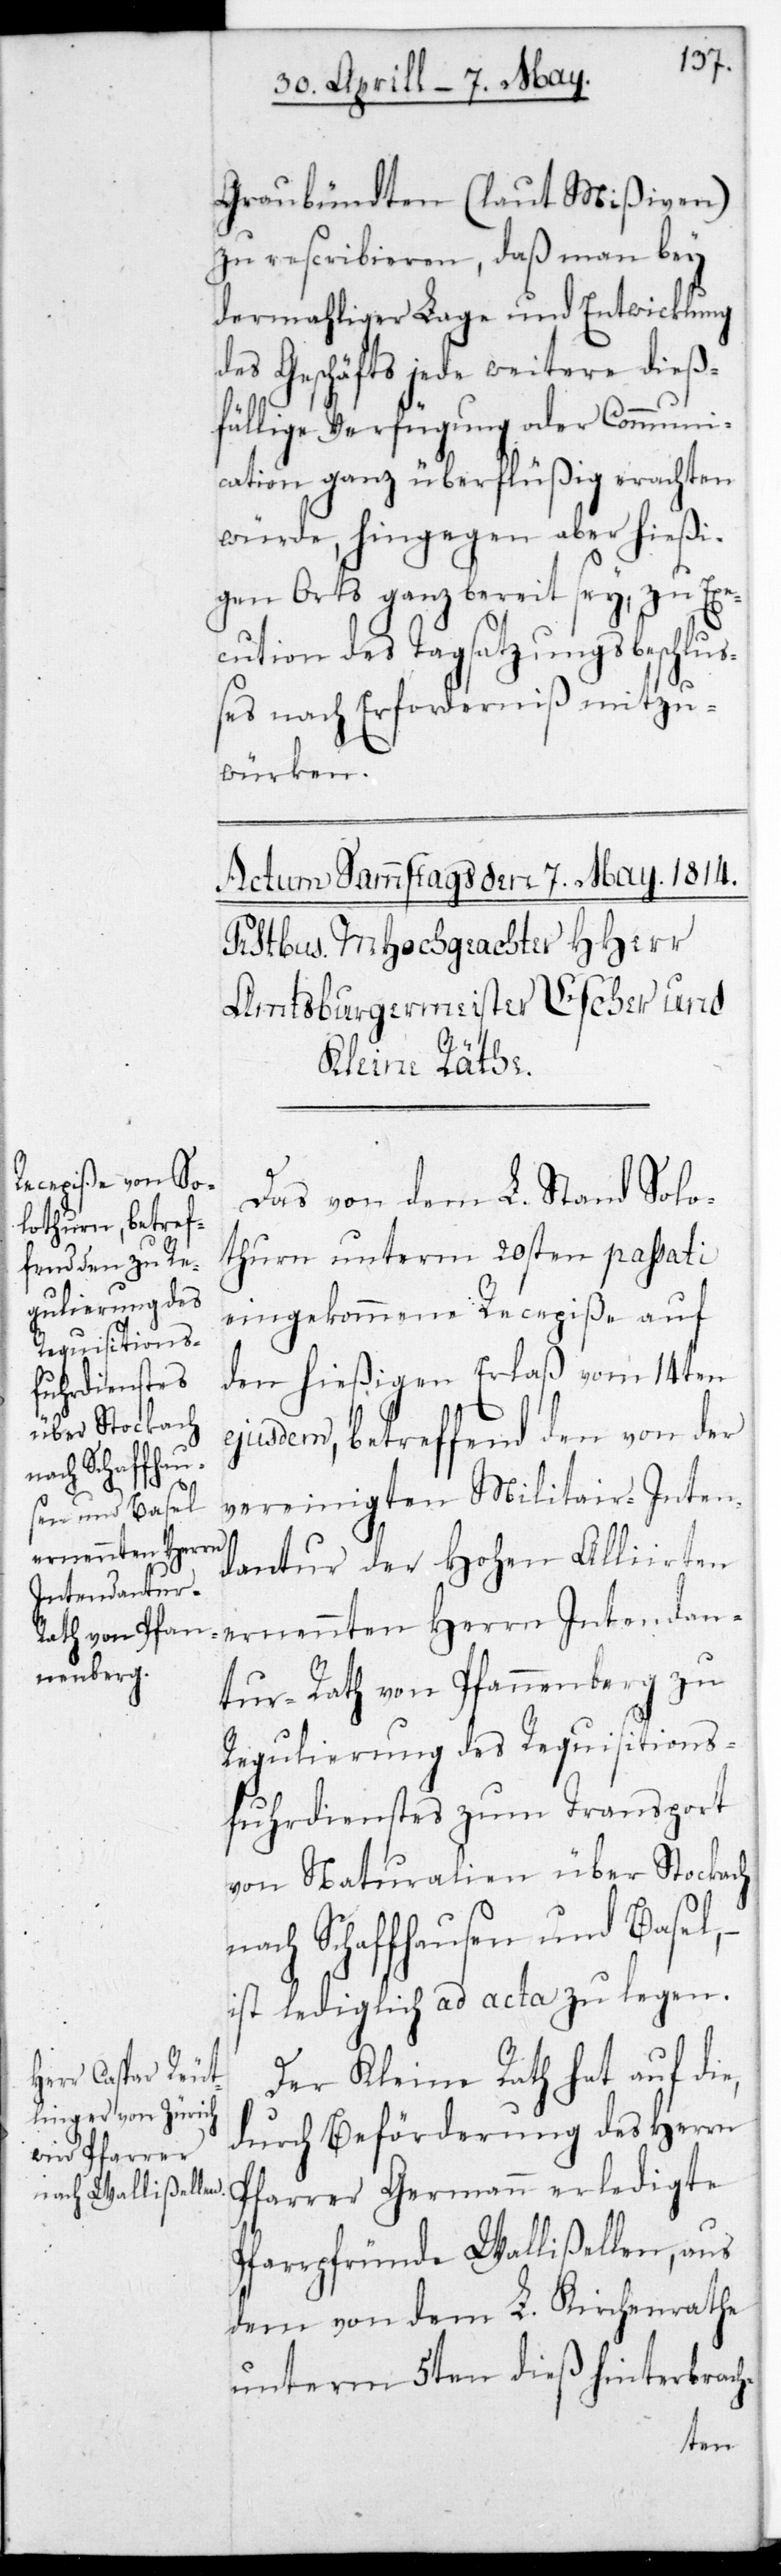
Graubündten (laut Mißiven)
zu rescribieren, daß man bey
dermahliger Lage und Entwicklung
des Geschäfts jede weitere dieß¬
fällige Verfügung oder Communi¬
cation ganz überflüßig erachten
würde, hingegen aber hießi¬
gen Orts ganz bereit sey, zu Exe¬
cution des Tagsatzungsbeschlu¬
ßes nach Erforderniß mitzu¬
würken.
Das von dem L. Stand Solo¬
thurn unterm 20sten passati
eingekommene Recepiße auf
den hießigen Erlaß vom 14ten
ejusdem, betreffend den von der
vereinigten Militair-Inten¬
dantur der Hohen Alliirten
ernennten Herrn Intendan¬
tur-Rath von Pfannenberg zu
Regulierung des Requisitions-F¬
uhrdienstes zum Transport
von Naturalien über Stockach
nach Schafhausen und Basel,
ist lediglich ad acta zu legen.
Der Kleine Rath hat auf die,
durch Beförderung des Herrn
Pfarrer Germann erledigte
Pfarrpfründe Wallisellen, aus
dem von dem L. Kirchenrate
unterm 5ten dieß hinterbrach-